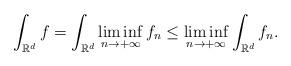
LaTeX: \begin{align*}\int_{ \mathbb{R}^d} f= \int_{ \mathbb{R}^d} \liminf\limits_{n\to +\infty} f_n\leq \liminf\limits_{n\to +\infty}\int_{ \mathbb{R}^d} f_n .\end{align*}